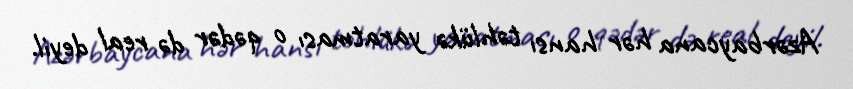
Azərbaycana hər hansı təhlükə yaratması o qədər də real deyil.